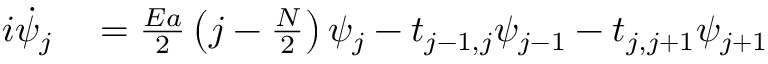
\begin{array} { r l } { i \dot { \psi } _ { j } } & { { } = \frac { E a } { 2 } \left( j - \frac { N } { 2 } \right) \psi _ { j } - t _ { j - 1 , j } \psi _ { j - 1 } - t _ { j , j + 1 } \psi _ { j + 1 } } \end{array}